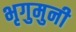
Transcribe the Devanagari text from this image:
भृगुमुनी